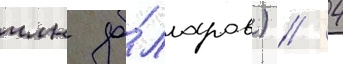
млн до́лларов) // 4